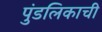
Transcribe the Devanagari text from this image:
पुंडलिकाची